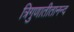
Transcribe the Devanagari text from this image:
त्रिगुणातीतानन्द